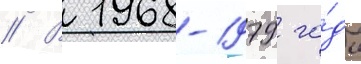
// В 1968-1979 го́ды